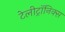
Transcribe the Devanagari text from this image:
टेलीट्रॉनिक्स